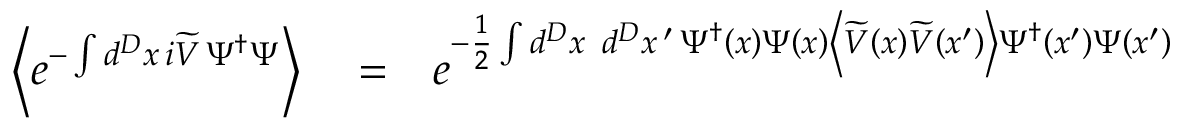
\begin{array} { r l r } { \left\langle e ^ { - \int d ^ { D } x \, i \widetilde { V } \, \Psi ^ { \dagger } \Psi } \right\rangle } & { { } = } & { e ^ { - \frac { 1 } { 2 } \int d ^ { D } x \, \, \, d ^ { D } x \, ^ { \prime } \, \Psi ^ { \dagger } \left( x \right) \Psi \left( x \right) \left\langle \widetilde { V } \left( x \right) \widetilde { V } \left( x ^ { \prime } \right) \right\rangle \Psi ^ { \dagger } \left( x ^ { \prime } \right) \Psi \left( x ^ { \prime } \right) } } \end{array}